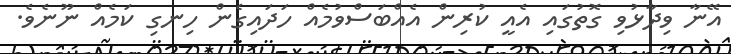
އޭނާ ވިދާޅުވި ގޮތުގައި އެއީ ކުރިން އެއްބަސްވުމެއް ހަދައިގެން ހިނގި ކަމެއް ނޫނެވެ.